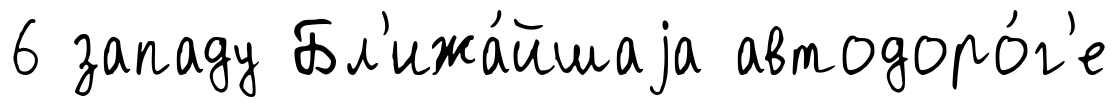
6 западу Бл'ижа́йшаjа автодоро́г'е